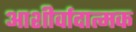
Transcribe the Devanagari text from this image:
आशीर्वादात्मक